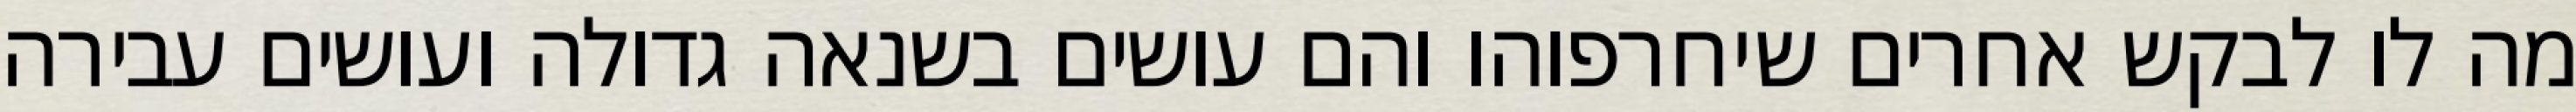
מה לו לבקש אחרים שיחרפוהו והם עושים בשנאה גדולה ועושים עבירה